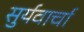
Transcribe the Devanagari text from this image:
सुर्यवार्चा